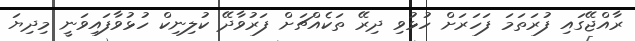
ރާއްޖޭގައި ފުރަތަމަ ފަހަރަށް ހުޅުވި ދިރޭ ތަކެއްޗަށް ފަރުވާދޭ ކުލިނިކް ހުޅުވާފައިވަނީ މިދިޔަ